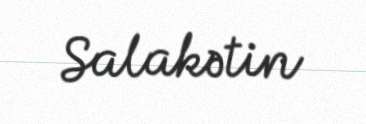
Salakətin